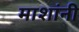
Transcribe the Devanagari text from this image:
माशांनी